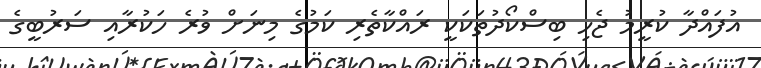
އުފައްދާ ކުރީމު ޖެހި ބިސްކޯދުތަކަކީ ރައްކާތެރި ކަމުގެ މިނަށް ވުރެ ހަކުރާއި ސަރުބީގެ